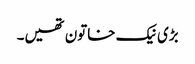
بڑی نیک خاتون تھیں۔